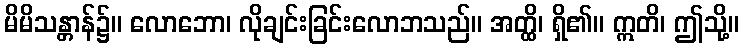
မိမိသန္တာန်၌။ လောဘော၊ လိုချင်းခြင်းလောဘသည်။ အတ္ထိ၊ ရှိ၏။ ဣတိ၊ ဤသို့။